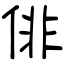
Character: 俳